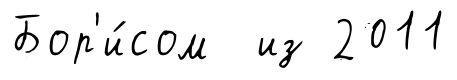
Бор'и́сом из 2011